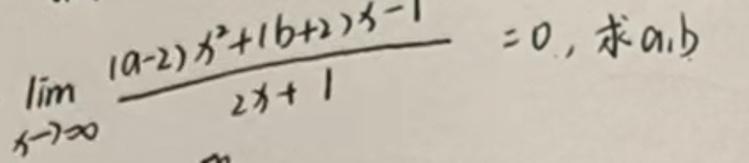
\(\lim_{x \to \infty} \frac{(a - 2)x^{2}+(b + 2)x - 1}{2x + 1}=0,\text{求}a,b\)